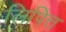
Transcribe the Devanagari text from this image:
लिपित्त